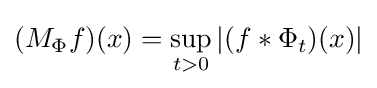
(M_{\Phi }f)(x)=\sup _{t>0}|(f*\Phi _{t})(x)|